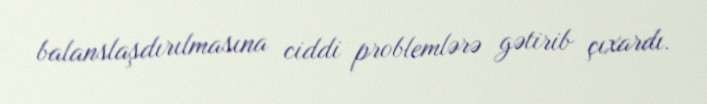
balanslaşdırılmasına ciddi problemlərə gətirib çıxardı.